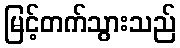
မြင့်တက်သွားသည်